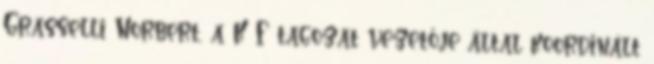
Grasselli Norbert, a K F tagozat vezetője által koordinált